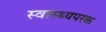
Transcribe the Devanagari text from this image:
स्वास्थ्यपरक